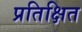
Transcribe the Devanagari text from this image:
प्रतिक्षित